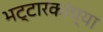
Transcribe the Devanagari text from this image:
भट्टारकांच्या